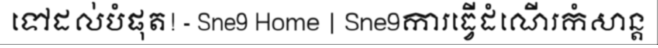
ទៅដល់បំផុត! - Sne9 Home | Sne9ការធ្វើដំណើរកំសាន្ត